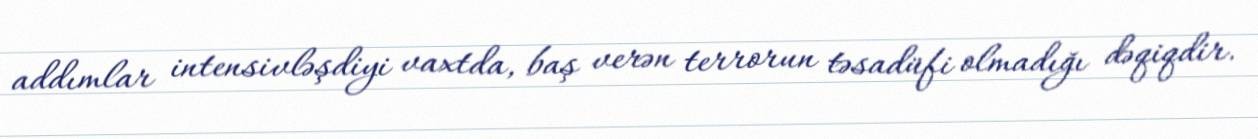
addımlar intensivləşdiyi vaxtda, baş verən terrorun təsadüfi olmadığı dəqiqdir.